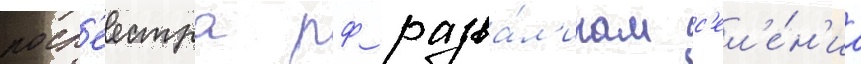
роср'еестра рф разва́л'инам с'ел'е́н'иа